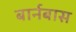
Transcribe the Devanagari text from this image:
बार्नबास